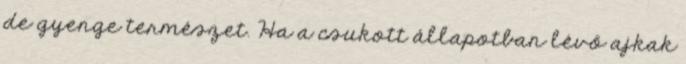
de gyenge természet. Ha a csukott állapotban lévő ajkak